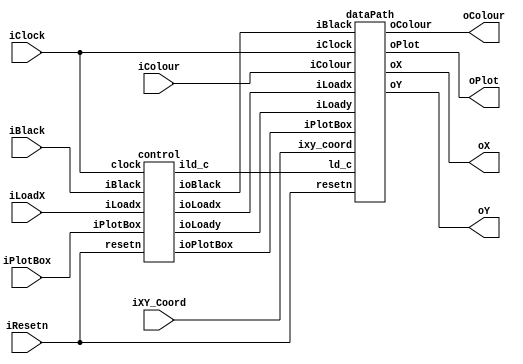
//
// This is the template for Part 2 of Lab 7.
//
// Paul Chow
// November 2021
//

module part2(iResetn,iPlotBox,iBlack,iColour,iLoadX,iXY_Coord,iClock,oX,oY,oColour,oPlot);
   parameter X_SCREEN_PIXELS = 8'd160;
   parameter Y_SCREEN_PIXELS = 7'd120;
   
   input wire iResetn, iPlotBox, iBlack, iLoadX;
   input wire [2:0] iColour;
   input wire [6:0] iXY_Coord;
   input wire 	    iClock;
   
	output wire [7:0] oX;         // VGA pixel coordinates
   output wire [6:0] oY;
   
   output wire [2:0] oColour;     // VGA pixel colour (0-7)
   output wire 	     oPlot;       // Pixel draw enable

   //
   // Your code goes here
   //
	
	
	wire wLoadx, wLoady, wBlack, wPlot, wLdc;
	
	control c0(iClock, iResetn, iLoadX, iPlotBox, iBlack, wLoadx, wLoady, wBlack, wPlot, wLdc);
   dataPath d0(iClock, iResetn, wLoadx, wLoady, wBlack, wPlot, wLdc, iXY_Coord, iColour, oX, oY, oColour, oPlot);
	
endmodule // part2

module control(input clock, resetn, iLoadx, iPlotBox, iBlack, output reg ioLoadx, ioLoady, ioBlack, ioPlotBox, ild_c);
	localparam  S_load_x_wait = 3'd0,
					S_load_x 	  = 3'd1,
					S_load_yc 	  = 3'd2,
					S_negedge_wait= 3'd3,
					S_plot 		  = 3'd4;
	
	reg [2:0] cs, ns;
	
	// state table
	always @(*) begin
		case (cs)
			S_load_x_wait: 	ns = iLoadx 	? S_load_x			: S_load_x_wait;
			S_load_x: 			ns = iLoadx 	? S_load_x 			: S_load_yc;
			S_load_yc: 			ns = iPlotBox 	? S_negedge_wait	: S_load_yc;
			S_negedge_wait: 	ns = iPlotBox 	? S_negedge_wait	: S_plot;
			S_plot: 				ns = iPlotBox 	? S_load_x_wait 	: S_plot;
			default: ns = S_load_x_wait;
		endcase
	end
	
	
	// output logic
	always @(*) begin
	
		ioPlotBox 	= 0;
		ild_c 		= 0;
		ioLoadx 		= 0;
		ioLoady 		= 0;
		
		case (cs)
			S_load_x: 	begin 
				ioLoadx 	= 1'b1;
			end
			S_load_yc: 	begin
				ild_c 	= 1'b1;
				ioLoady 	= 1'b1;
			end
			S_plot:		begin
				ioPlotBox= 1'b1;
			end
			
			default: ;
		endcase
		ioBlack = iBlack;
	
	end
	
	// current state reg
	always@(posedge clock) begin
		if(!resetn)
			cs <= S_load_x_wait;
		else
			cs <= ns;
	end // state_FFS

endmodule

// input control logic from FMS: ioLoadx, ioLoady, ioBlack, ioPlotBox, ild_c
// output values are: outputx, outputy, outputcolour, outputplot
module dataPath(input iClock, resetn, iLoadx, iLoady, iBlack, iPlotBox, ld_c, input [6:0] ixy_coord, input [2:0] iColour, output reg [7:0] oX, output reg [6:0] oY, output reg [2:0] oColour, output reg oPlot);
	
	reg [7:0] reg_x, reg_y; // reg for x and y coordinate
	reg [2:0] reg_c, reg_b; // reg for colour and black screen
	
	reg [3:0] reg_counter_4bits;
	reg [5:0] reg_counter_6bits;
	
	// registers: reg_x reg_y reg_c reg_b
	always @(posedge iClock) begin
		if(!resetn) begin
			reg_x <= 8'b0;
			reg_y <= 8'b0;
			reg_c <= 3'b0;
			reg_b <= 3'b0;
		end else begin 
			if(iLoadx && !iLoady) begin // load reg_x when iLoadx is high
				reg_x <= {1'b0, ixy_coord};
			end else if(iLoady && !iLoadx) begin // load reg_y and reg_c when iLoady is high
				reg_y <= {1'b0, ixy_coord};
				reg_c <= iColour;
			end
		end
	end
	
	// 4_bit counter enabled when iPlotBox is high
	always @(posedge iClock) begin
		if(!resetn) begin
			reg_counter_4bits <= 0;
		end else if(reg_counter_4bits == 4	'b1111) begin
			reg_counter_4bits <= 0;
		end else if(iPlotBox && !iBlack) begin
			reg_counter_4bits <= reg_counter_4bits + 1;
		end
	end
	
	// clear screen counter
	always @(posedge iClock) begin
		if(!resetn) begin
			reg_counter_6bits <= 6'b0;
		end else if(reg_counter_6bits == 6'd39) begin
			reg_counter_6bits <= 6'b0;
		end else if(iPlotBox && iBlack) begin 
			reg_counter_6bits <= reg_counter_6bits + 1;
		end
	end
	
	// clear screen counters
	always @(posedge iClock) begin
		if(iPlotBox && !iBlack) begin
			oX <= reg_counter_4bits[1:0] + reg_x;
			oY <= reg_counter_4bits[3:2] + reg_y;
			oColour <= reg_c; 	
			oPlot <= 1;
		end else if(iPlotBox && iBlack) begin
			oX <= reg_counter_6bits[2:0];
			oY <= reg_counter_6bits[5:3];
			oColour <= reg_b;
			oPlot <= 1;
		end
	end
endmodule